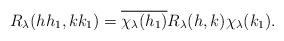
LaTeX: \begin{align*} R_\lambda (hh_1,kk_1)=\overline{\chi_\lambda(h_1)} R_\lambda (h,k) \chi_\lambda (k_1).\end{align*}